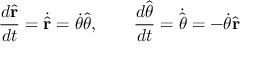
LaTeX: { \frac { d { \hat { \mathbf { r } } } } { d t } } = { \dot { \hat { \mathbf { r } } } } = { \dot { \theta } } { \hat { \boldsymbol { \theta } } } , \qquad { \frac { d { \hat { \boldsymbol { \theta } } } } { d t } } = { \dot { \hat { \boldsymbol { \theta } } } } = - { \dot { \theta } } { \hat { \mathbf { r } } }